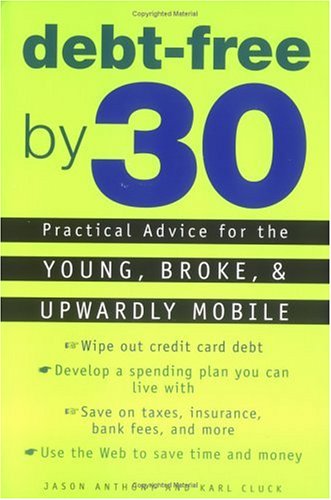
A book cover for Debt-Free by 30: Practical Advice for the Young, Broke, and Upwardly Mobile; Jason Anthony; Business & Money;